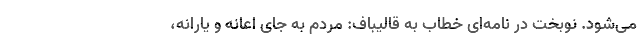
می‌شود. نوبخت در نامه‌ای خطاب به قالیباف: مردم به جای اعانه و یارانه،